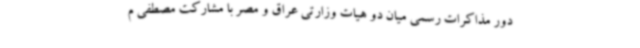
دور مذاکرات رسمی میان دو هیات وزارتی عراق و مصر با مشارکت مصطفی م